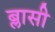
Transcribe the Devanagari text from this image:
ब्लासी